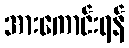
အားကောင်းရန်